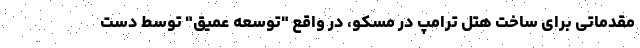
مقدماتی برای ساخت هتل ترامپ در مسکو، در واقع "توسعه عمیق" توسط دست